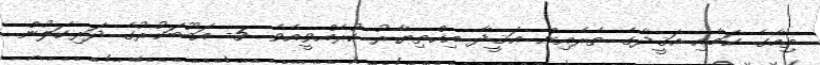
ތިމާގެ ކަމާއި ޢަޤީދާގެ ތެރެއިން ޢަޤީދާ އިޚްތިޔާރު ކުރެއްވީއެވެ. 5- އަބޫބަކުރުގެ ދަރިކަލުން